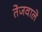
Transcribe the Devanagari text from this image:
तेजवाले